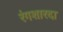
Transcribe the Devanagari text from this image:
रंगशारदा